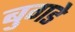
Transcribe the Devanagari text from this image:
बुगडे